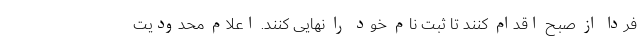
فردا از صبح اقدام کنند تا ثبت نام خود را نهایی کنند. اعلام محدودیت